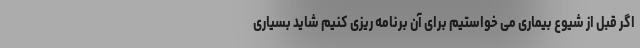
اگر قبل از شیوع بیماری می خواستیم برای آن برنامه ریزی کنیم شاید بسیاری